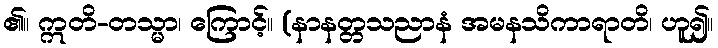
၏။ ဣတိ-တသ္မာ၊ ကြောင့်။ (နာနတ္တသညာနံ အမနသိကာရာတိ၊ ဟူ၍။